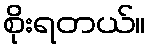
စိုးရတယ်။